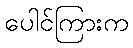
ပေါင်ကြားက